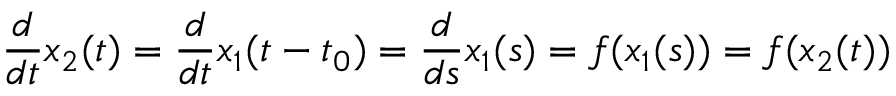
{ \frac { d } { d t } } x _ { 2 } ( t ) = { \frac { d } { d t } } x _ { 1 } ( t - t _ { 0 } ) = { \frac { d } { d s } } x _ { 1 } ( s ) = f ( x _ { 1 } ( s ) ) = f ( x _ { 2 } ( t ) )